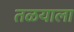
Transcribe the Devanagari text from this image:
तळयाला